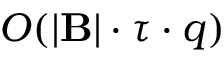
O ( | \mathbf { B } | \cdot \tau \cdot q )